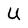
Character: U